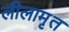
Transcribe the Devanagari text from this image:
लीलामृत